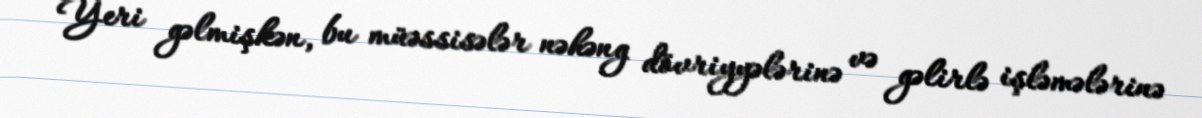
Yeri gəlmişkən, bu müəssisələr nəhəng dövriyyələrinə və gəlirlə işləmələrinə